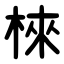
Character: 棶